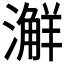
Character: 𣿨